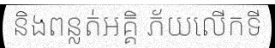
និងពន្លត់អគ្គិ ភ័យលើកទី